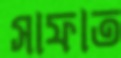
সাফাত